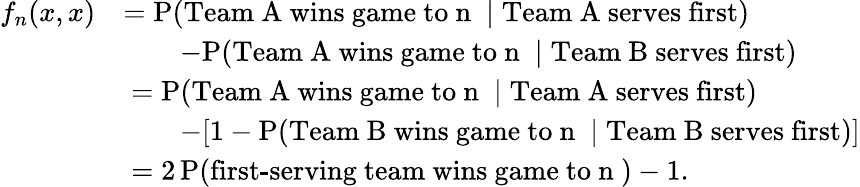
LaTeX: \begin{array}{rl}{f_{n}(x,x)}&{=\mathrm{P}(\mathrm{\textnormal{Team~A~wins~game~to}~n~}\mid\mathrm{\textnormal{Team~A~serves~first}})}\\ &{\qquad-\mathrm{P}(\mathrm{\textnormal{Team~A~wins~game~to}~n~}\mid\mathrm{\textnormal{Team~B~serves~first}})}\\ &{\; =\mathrm{P}(\mathrm{\textnormal{Team~A~wins~game~to}~n~}\mid\mathrm{\textnormal{Team~A~serves~first}})}\\ &{\qquad-[1-\mathrm{P}(\mathrm{\textnormal{Team~B~wins~game~to}~n~}\mid\mathrm{\textnormal{Team~B~serves~first}})]}\\ &{\; =2\, \mathrm{P}(\mathrm{\textnormal{first-serving~team~wins~game~to}~n~})-1.}\end{array}